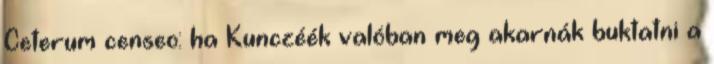
Ceterum censeo: ha Kunczéék valóban meg akarnák buktatni a